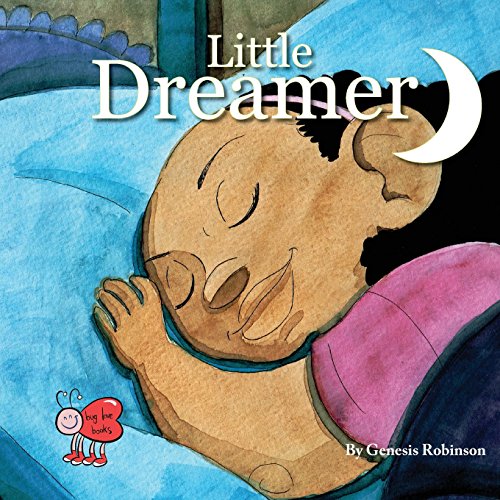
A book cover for Little Dreamer; Genesis Robinson; Parenting & Relationships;